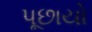
પૂછાયો